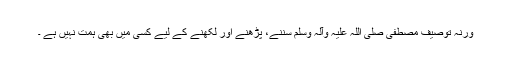
ورنہ توصیف مصطفیٰ صلی اللہ علیہ وآلہ وسلم سننے، پڑھنے اور لکھنے کے لیے کسی میں بھی ہمت نہیں ہے ۔